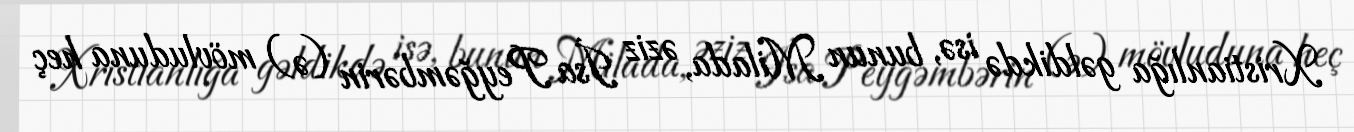
Xristianlığa gəldikdə isə, bunun Milada, əziz İsa Peyğəmbərin (ə) mövluduna heç